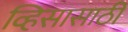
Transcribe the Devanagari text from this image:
व्हिसासाठी